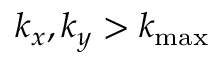
k _ { x } , k _ { y } > k _ { \mathrm { m a x } }